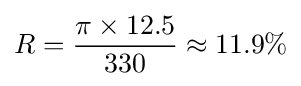
R={\frac {\pi \times 12.5}{330}}\approx 11.9\%